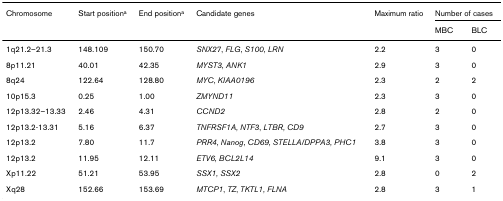
<table><thead><tr><td><b>Chromosome</b></td><td><b>Start position<sup>a</sup></b></td><td><b>End position<sup>a</sup></b></td><td><b>Candidate genes</b></td><td><b>Maximum ratio</b></td><td colspan="2"><b>Number of cases</b></td></tr><tr><td></td><td></td><td></td><td></td><td></td><td><b>MBC</b></td><td><b>BLC</b></td></tr></thead><tbody><tr><td>1q21.2–21.3</td><td>148.109</td><td>150.70</td><td><i>SNX27</i>, <i>FLG</i>, <i>S100</i>, <i>LRN</i></td><td>2.2</td><td>3</td><td>0</td></tr><tr><td>8p11.21</td><td>40.01</td><td>42.35</td><td><i>MYST3</i>, <i>ANK1</i></td><td>2.9</td><td>3</td><td>0</td></tr><tr><td>8q24</td><td>122.64</td><td>128.80</td><td><i>MYC</i>, <i>KIAA0196</i></td><td>2.3</td><td>2</td><td>2</td></tr><tr><td>10p15.3</td><td>0.25</td><td>1.00</td><td><i>ZMYND11</i></td><td>2.3</td><td>3</td><td>0</td></tr><tr><td>12p13.32–13.33</td><td>2.46</td><td>4.31</td><td><i>CCND2</i></td><td>2.8</td><td>2</td><td>0</td></tr><tr><td>12p13.2-13.31</td><td>5.16</td><td>6.37</td><td><i>TNFRSF1A</i>, <i>NTF3</i>, <i>LTBR</i>, <i>CD9</i></td><td>2.7</td><td>3</td><td>0</td></tr><tr><td>12p13.2</td><td>7.80</td><td>11.7</td><td><i>PRR4</i>, <i>Nanog</i>, <i>CD69</i>, <i>STELLA/DPPA3</i>, <i>PHC1</i></td><td>3.8</td><td>3</td><td>0</td></tr><tr><td>12p13.2</td><td>11.95</td><td>12.11</td><td><i>ETV6</i>, <i>BCL2L14</i></td><td>9.1</td><td>3</td><td>0</td></tr><tr><td>Xp11.22</td><td>51.21</td><td>53.95</td><td><i>SSX1</i>, <i>SSX2</i></td><td>2.8</td><td>0</td><td>2</td></tr><tr><td>Xq28</td><td>152.66</td><td>153.69</td><td><i>MTCP1</i>, <i>TZ</i>, <i>TKTL1</i>, <i>FLNA</i></td><td>2.8</td><td>3</td><td>1</td></tr></tbody></table>